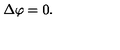
\mathrm { \boldmath \Delta } \mathrm { \boldmath \varphi } = 0 .